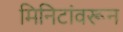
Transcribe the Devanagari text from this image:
मिनिटांवरून